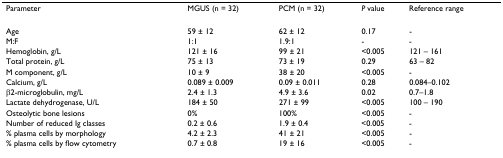
<table><thead><tr><td><b>Parameter</b></td><td><b>MGUS (n = 32)</b></td><td><b>PCM (n = 32)</b></td><td><b><i>P </i>value</b></td><td><b>Reference range</b></td></tr></thead><tbody><tr><td>Age</td><td>59 ± 12</td><td>62 ± 12</td><td>0.17</td><td>-</td></tr><tr><td>M:F</td><td>1:1</td><td>1.9:1</td><td>-</td><td>-</td></tr><tr><td>Hemoglobin, g/L</td><td>121 ± 16</td><td>99 ± 21</td><td>&lt;0.005</td><td>121 – 161</td></tr><tr><td>Total protein, g/L</td><td>75 ± 13</td><td>73 ± 19</td><td>0.29</td><td>63 – 82</td></tr><tr><td>M component, g/L</td><td>10 ± 9</td><td>38 ± 20</td><td>&lt;0.005</td><td>-</td></tr><tr><td>Calcium, g/L</td><td>0.089 ± 0.009</td><td>0.09 ± 0.011</td><td>0.28</td><td>0.084–0.102</td></tr><tr><td>β2-microglobulin, mg/L</td><td>2.4 ± 1.3</td><td>4.9 ± 3.6</td><td>0.02</td><td>0.7–1.8</td></tr><tr><td>Lactate dehydrogenase, U/L</td><td>184 ± 50</td><td>271 ± 99</td><td>&lt;0.005</td><td>100 – 190</td></tr><tr><td>Osteolytic bone lesions</td><td>0%</td><td>100%</td><td>&lt;0.005</td><td>-</td></tr><tr><td>Number of reduced Ig classes</td><td>0.2 ± 0.6</td><td>1.9 ± 0.4</td><td>&lt;0.005</td><td>-</td></tr><tr><td>% plasma cells by morphology</td><td>4.2 ± 2.3</td><td>41 ± 21</td><td>&lt;0.005</td><td>-</td></tr><tr><td>% plasma cells by flow cytometry</td><td>0.7 ± 0.8</td><td>19 ± 16</td><td>&lt;0.005</td><td>-</td></tr></tbody></table>